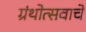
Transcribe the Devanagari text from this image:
ग्रंथोत्सवाचे